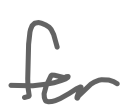
Text: for
Cross-out: clean
Writing tool: digital_gray